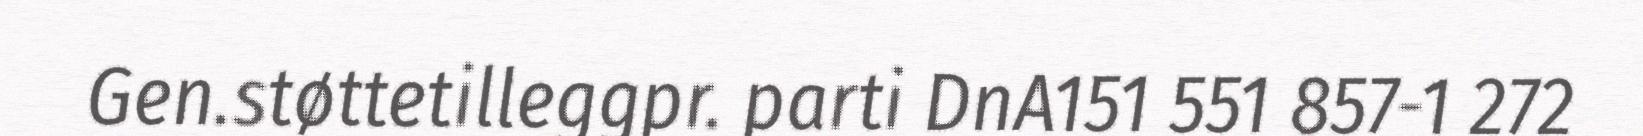
Gen.støttetilleggpr. parti DnA151 551 857-1 272